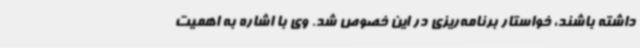
داشته باشند، خواستار برنامه‌ریزی در این خصوص شد. وی با اشاره به اهمیت